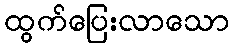
ထွက်ပြေးလာသော